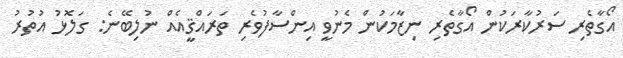
އޯގާތެރި ސަރުކާރަކުން އޯގާތެރި ނިޒާމަކުން މެނުވީ އިންސާފުވެރި ތަރައްޤީއެއް ނުލިބޭނެ: ގަލޮޅު އުތުރު